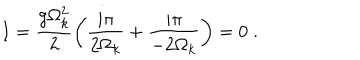
LaTeX: I = \frac { g \Omega _ { k } ^ { 2 } } { 2 } \left( \frac { i \pi } { 2 \Omega _ { k } } + \frac { i \pi } { - 2 \Omega _ { k } } \right) = 0 \; .